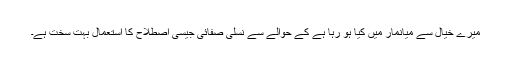
میرے خیال سے میانمار میں کیا ہو رہا ہے کے حوالے سے نسلی صفائی جیسی اصطلاح کا استعمال بہت سخت ہے۔